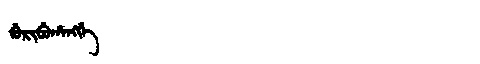
Manchu: ᡤᡠᡵᡳᠪᡠᡥᠠᠩᡤᡝ
Romanization: GURIBUHANGGE